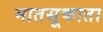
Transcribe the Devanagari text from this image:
मातसूकाता